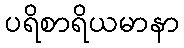
ပရိစာရိယမာနာ